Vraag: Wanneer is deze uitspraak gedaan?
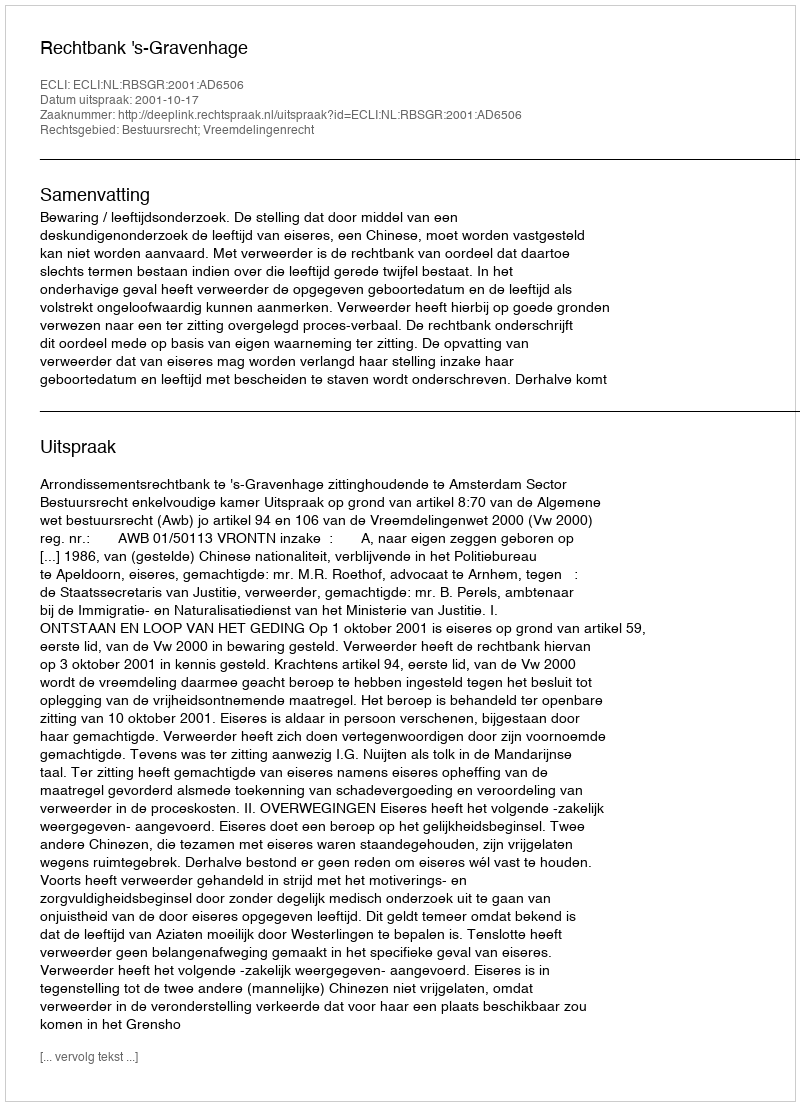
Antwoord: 2001-10-17